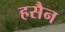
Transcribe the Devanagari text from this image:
हसैन